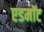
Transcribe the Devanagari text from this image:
एडमॉट